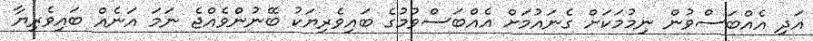
އަދި އެއްބަސްވުން ނިމުމަކަށް ގެނައުމަށް އެއްބަސްވުމުގެ ބައިވެރިޔަކު ބޭނުންވެއްޖެ ނަމަ އަނެއް ބައިވެރިޔާ